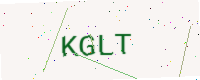
Text: KGLT